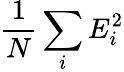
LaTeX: \frac{1}{N}\sum_{i}E_{i}^{2}